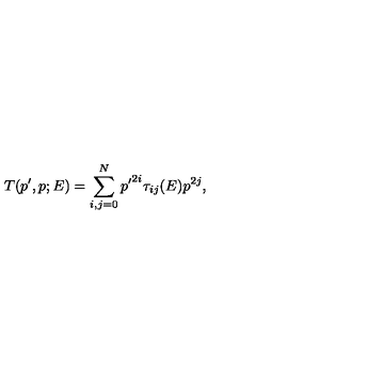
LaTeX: T ( p ^ { \prime } , p ; E ) = \sum _ { i , j = 0 } ^ { N } { p ^ { \prime } } ^ { 2 i } \tau _ { i j } ( E ) p ^ { 2 j } ,